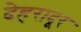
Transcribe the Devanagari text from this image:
देहरादूर